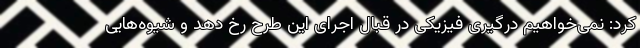
کرد: نمی‌خواهیم درگیری فیزیکی در قبال اجرای این طرح رخ دهد و شیوه‌هایی